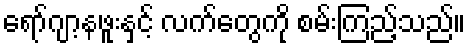
ရော်ဂျာ့နဖူးနှင့် လက်တွေကို စမ်းကြည့်သည်။